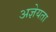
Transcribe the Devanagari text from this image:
अज्ञेयता